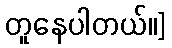
တူနေပါတယ်။]